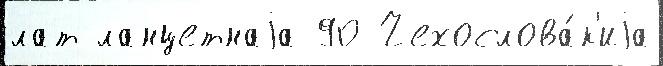
лат ланцетнаjа 90 Чехослова́к'иjа